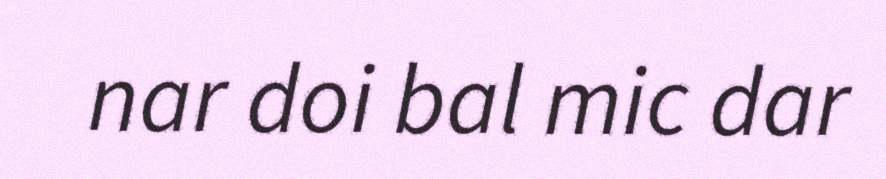
nar doi bal mic dar